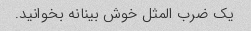
یک ضرب المثل خوش بینانه بخوانید.